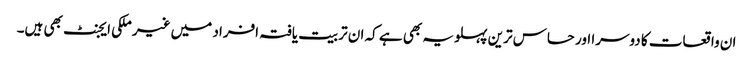
ان واقعات کا دوسرا اور حساس ترین پہلو یہ بھی ہے کہ ان تربیت یافتہ افراد میں غیر ملکی ایجنٹ بھی ہیں۔